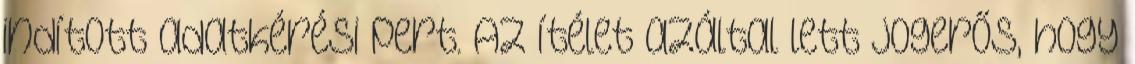
indított adatkérési pert. Az ítélet azáltal lett jogerős, hogy